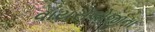
વાયરોલોજીના